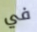
في